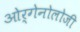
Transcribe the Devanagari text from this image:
ओर्गेनोलोजी